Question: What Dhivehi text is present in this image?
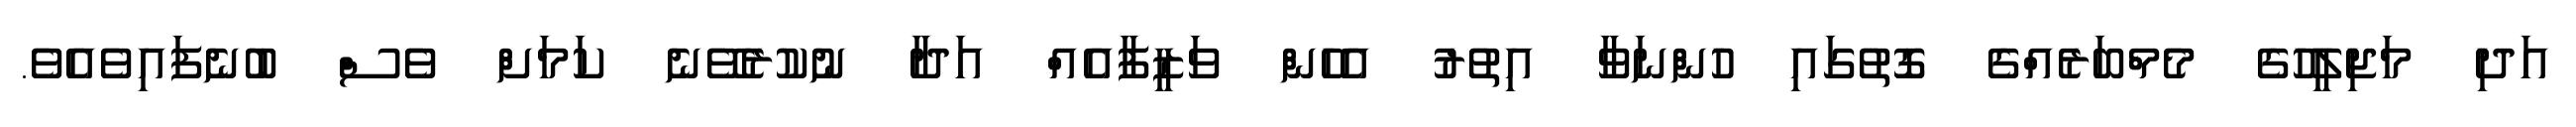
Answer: އަދި މަޖިލީހުގެ މެމްބަރެއްގެ ގޮތުގައި ހުންނަވާ އިތުރު އެހެން ވަޒީފާއެއް އަދާ ނުކުރެވޭނެ ކަމަށް ވެސް ބުނެފައިވެއެވެ.